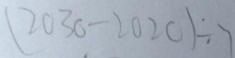
( 2 0 3 0 - 2 0 2 0 ) \div 7